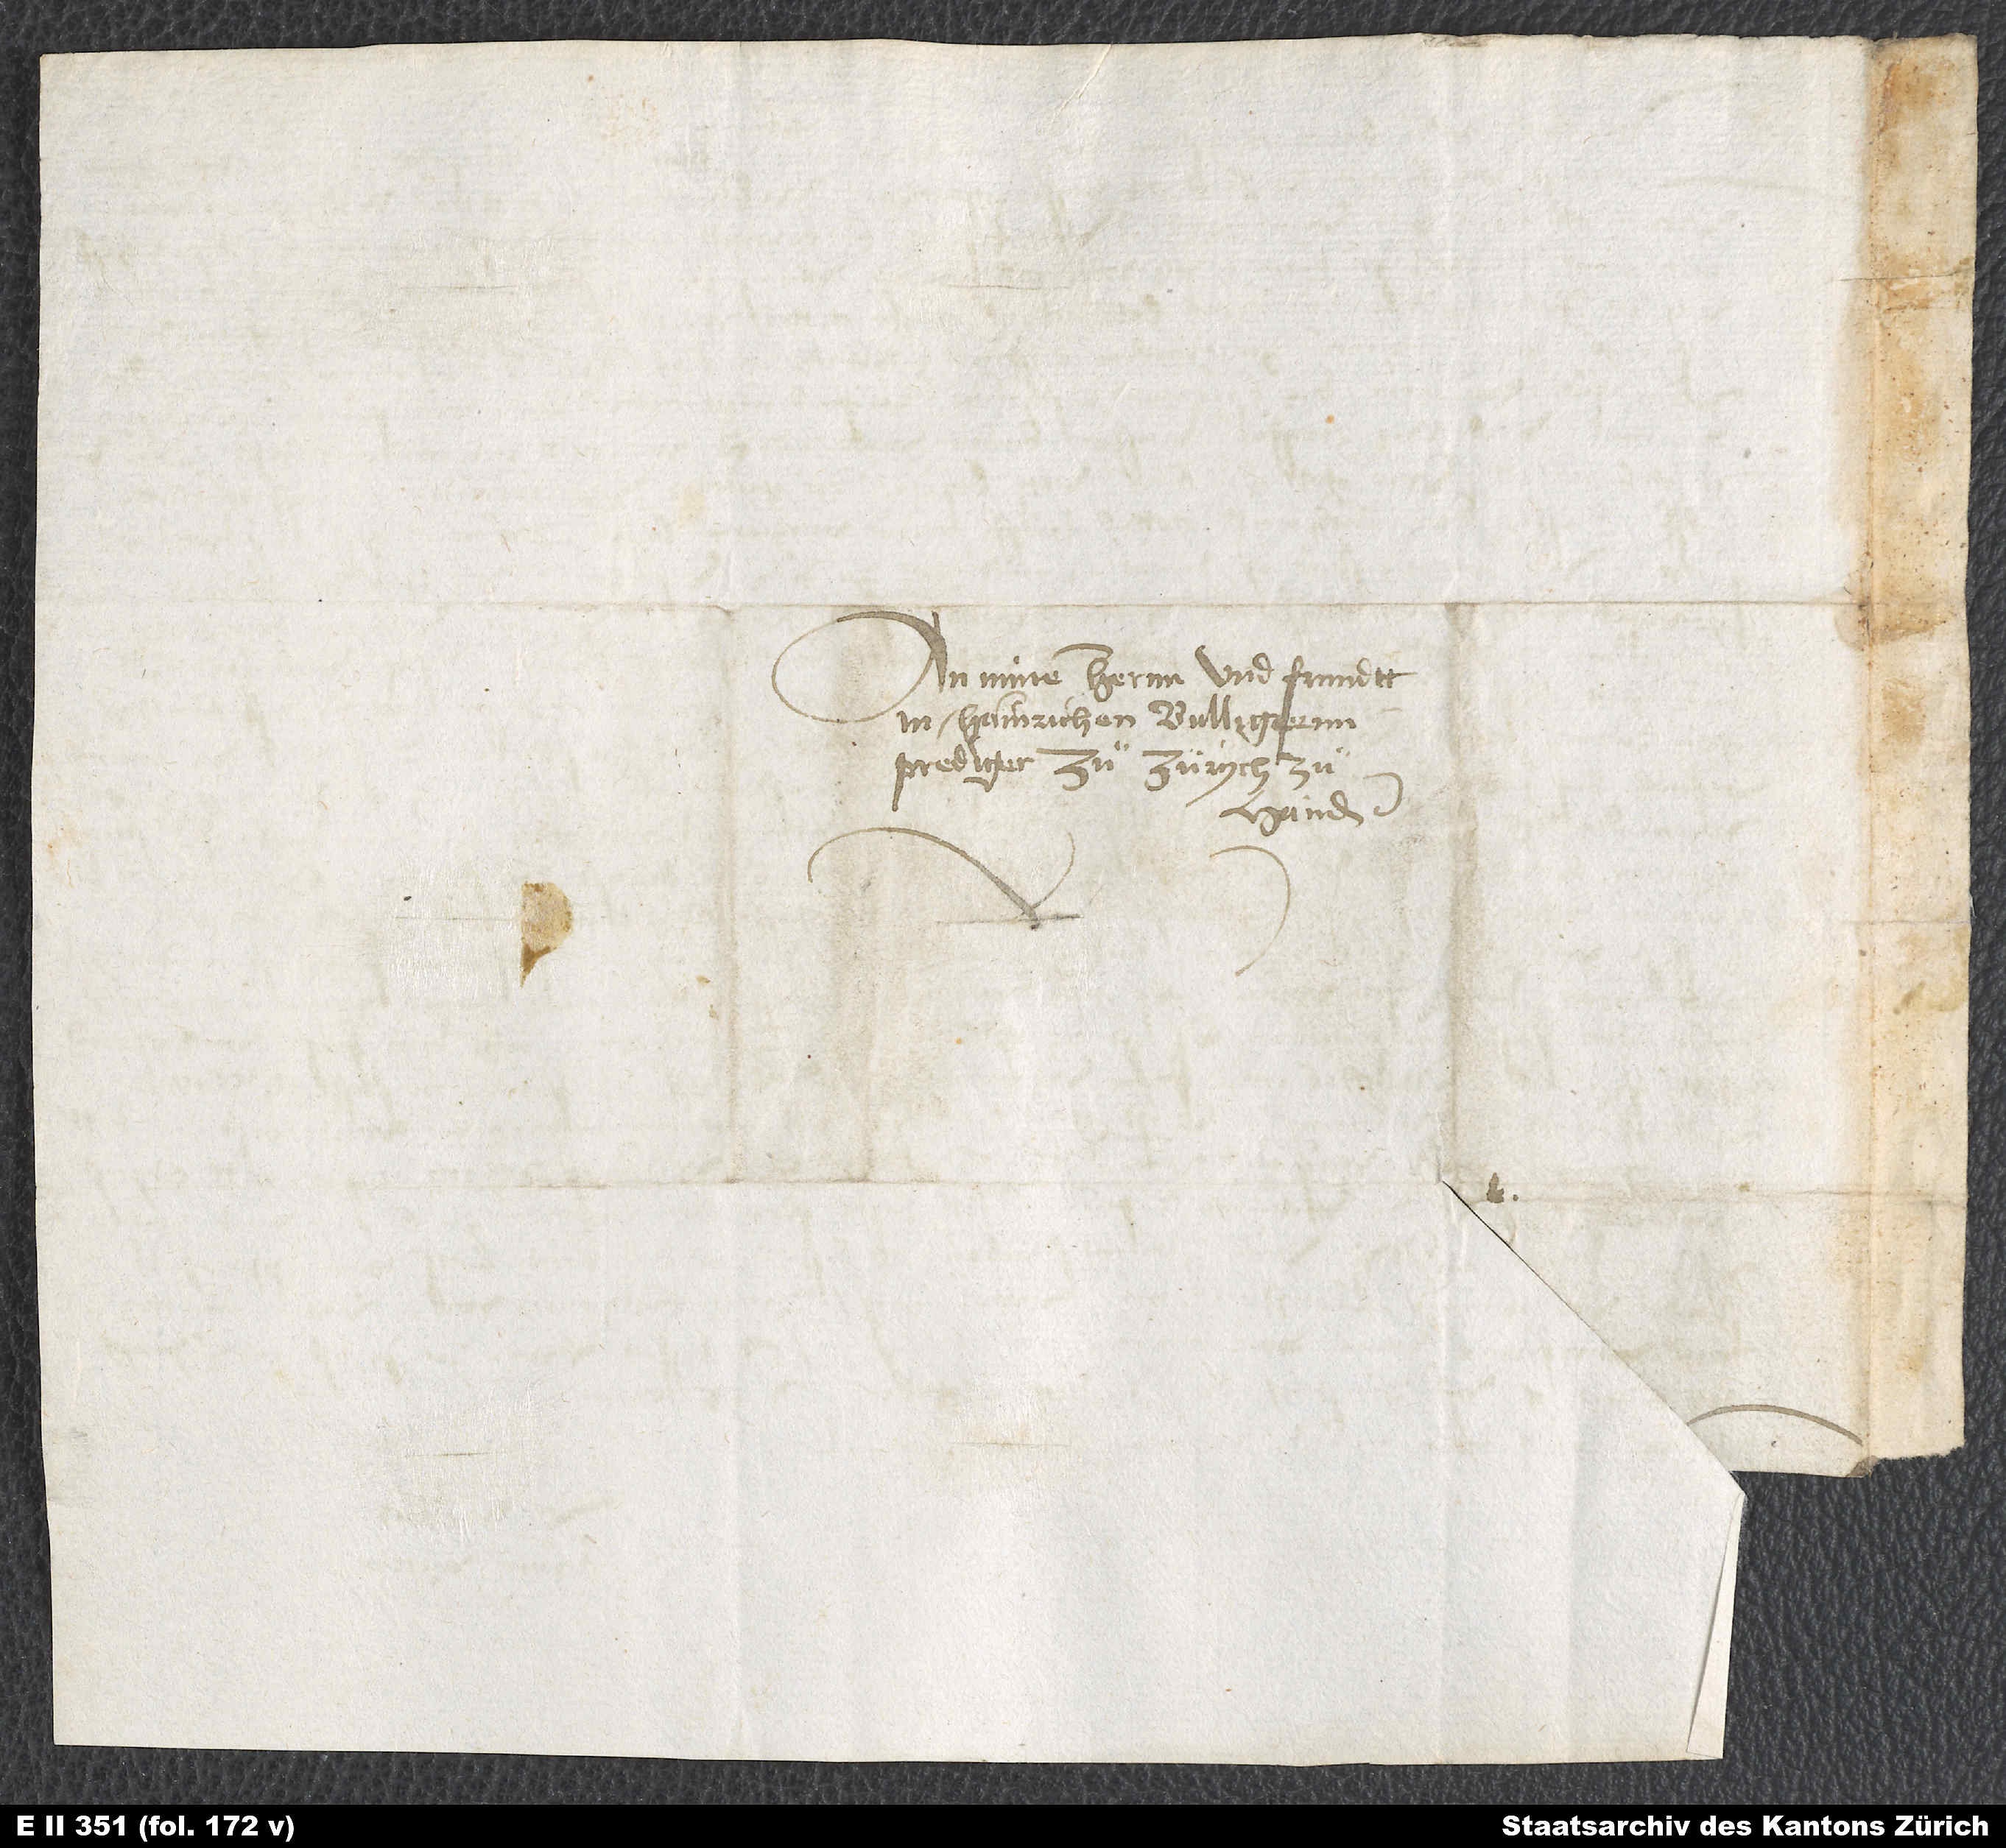
An minen hernn und frundtt,
M. Hainrichen Bulligernn,
prediger zuͦ Zürych, zuͦ
handen.